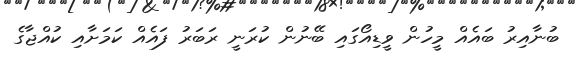
ބުނާއިރު ބައެއް މީހުން ވީޑިއޯގައި ބޭނުން ކުރަނީ ރަބަރު ފައެއް ކަމަށާއި ކުއްޖާގެ